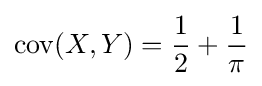
\operatorname {cov} (X,Y)={\frac {1}{2}}+{\frac {1}{\pi }}